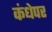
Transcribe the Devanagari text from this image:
कंधेपर